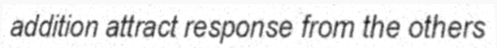
addition attract response from the others